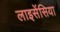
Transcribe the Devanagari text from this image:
लाइसेंसिया